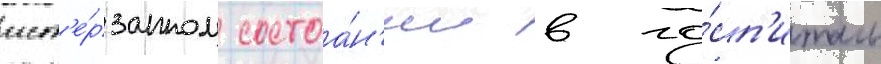
ист'е́рзанном состоа́н'ии в го́сп'италь